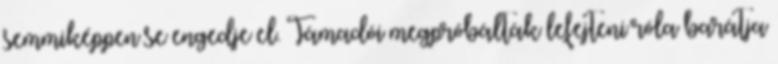
semmiképpen se engedje el. Támadói megpróbálták lefejteni róla barátja